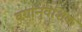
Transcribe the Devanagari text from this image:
वर्गानुवंशिक